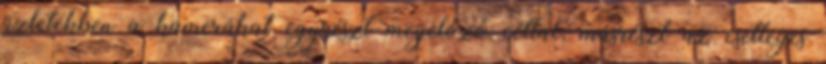
üzletekben a kamerákat egyrészt megelőző céllal, másrészt az esetleges